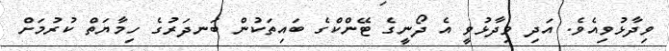
ވިދާޅުވިއެވެ. އަދި ވިދާޅުވީ އެ ދޯނީގެ ޓޭންކްގެ ބައިތަކުން ބަނދަރުގެ ހިމާޔަތް ކުރުމަށް